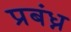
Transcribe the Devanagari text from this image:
प्रबंध्न